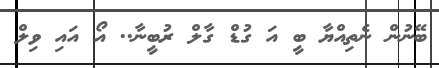
ބޭނުން ނެތިއްޔާ ބީ އަ ގުޑް ގާލް ރުބީނާ.. އޯ އައި ވިލް